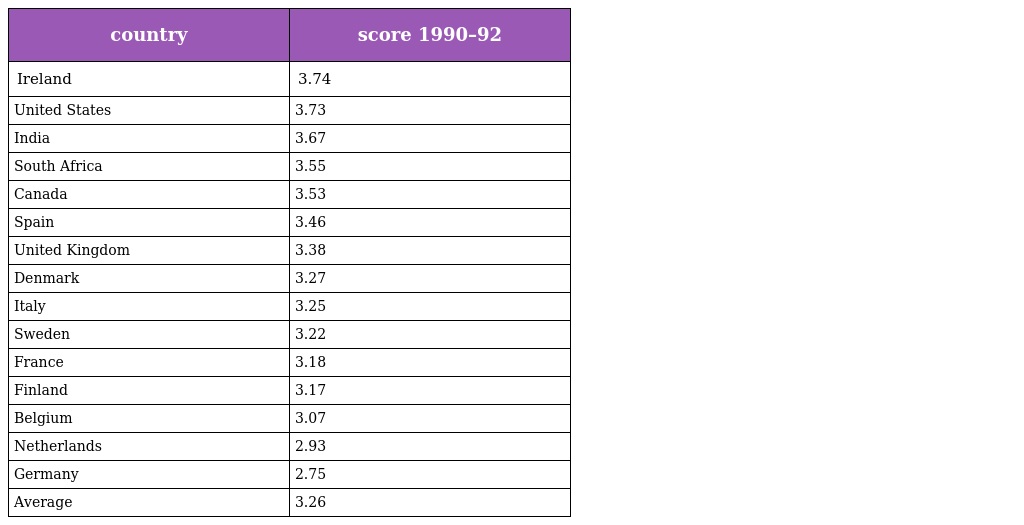
| country | score 1990–92 |
 | --- | --- |
 | Ireland | 3.74 |
 | United States | 3.73 |
 | India | 3.67 |
 | South Africa | 3.55 |
 | Canada | 3.53 |
 | Spain | 3.46 |
 | United Kingdom | 3.38 |
 | Denmark | 3.27 |
 | Italy | 3.25 |
 | Sweden | 3.22 |
 | France | 3.18 |
 | Finland | 3.17 |
 | Belgium | 3.07 |
 | Netherlands | 2.93 |
 | Germany | 2.75 |
 | Average | 3.26 |